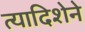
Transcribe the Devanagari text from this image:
त्यादिशेने